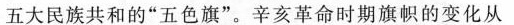
五大民族共和的“五色旗”。辛亥革命时期旗帜的变化从